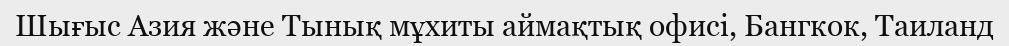
Шығыс Азия және Тынық мұхиты аймақтық офисі, Бангкок, Таиланд